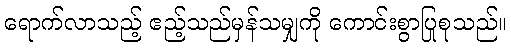
ရောက်လာသည့် ဧည့်သည်မှန်သမျှကို ကောင်းစွာပြုစုသည်။